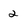
Character: 2